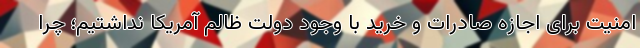
امنیت برای اجازه صادرات و خرید با وجود دولت ظالم آمریکا نداشتیم؛ چرا